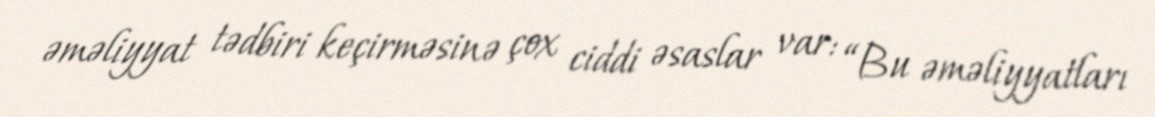
əməliyyat tədbiri keçirməsinə çox ciddi əsaslar var: “Bu əməliyyatları